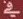
في